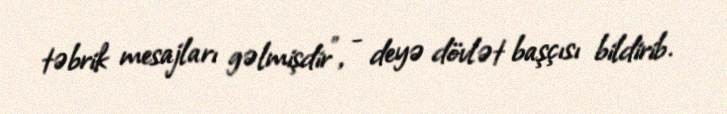
təbrik mesajları gəlmişdir”, - deyə dövlət başçısı bildirib.